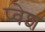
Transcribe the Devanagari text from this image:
प्वेश